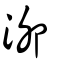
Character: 泖